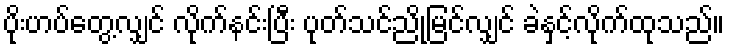
ပိုးဟပ်တွေ့လျှင် လိုက်နင်းပြီး ပုတ်သင်ညိုမြင်လျှင် ခဲနှင့်လိုက်ထုသည်။